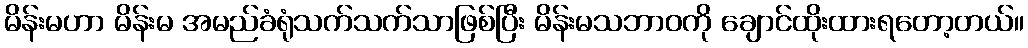
မိန်းမဟာ မိန်းမ အမည်ခံရုံသက်သက်သာဖြစ်ပြီး မိန်းမသဘာဝကို ချောင်ထိုးထားရတော့တယ်။